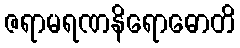
ဇရာမရဏနိရောဓောတိ